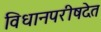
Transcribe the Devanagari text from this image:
विधानपरीषदेत